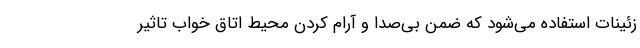
زئینات استفاده می‌شود که ضمن بی‌صدا و آرام کردن محیط اتاق خواب تاثیر